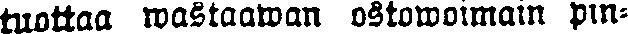
tuottaa wastaawan ostowoimain pin-